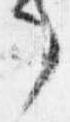
了